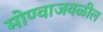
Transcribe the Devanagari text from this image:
मोण्वाजवळील